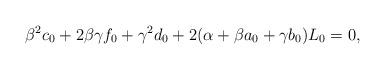
LaTeX: \begin{align*} \beta^2 c_0+2\beta\gamma f_0+\gamma^2 d_0+2(\alpha+\beta a_0+\gamma b_0){L}_0=0,\end{align*}